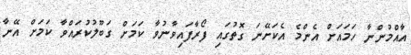
އާއްމުންނާ ހަމައަށް އެންމެ އެކަށޭނަ ގޮތުގައި ފޯރާފައިވާނުވާ ކަމަށް ގަބޫލުކުރައްވާ ކަމަށް އޭނާ